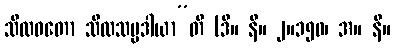
သီလဝတော သီလသမ္ပဒါယာ”တိ (ဒီ။ နိ။ ၂။၁၅၀၊ အ။ နိ။